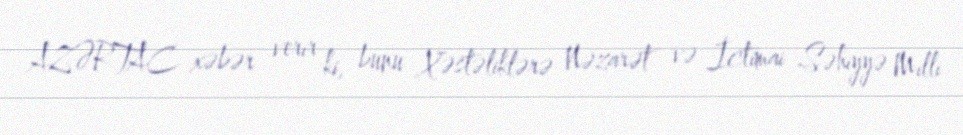
AZƏRTAC xəbər verir ki, bunu Xəstəliklərə Nəzarət və İctimai Səhiyyə Milli